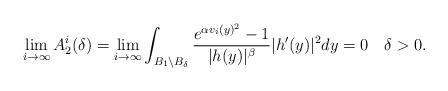
LaTeX: \begin{align*} \lim_{i\to\infty}A_2^i(\delta)= \lim_{i\to\infty}\int_{B_1\backslash B_{\delta}}\frac{e^{\alpha v_i(y)^2}-1}{|h(y)|^{\beta}}|h'(y)|^2dy=0\quad\delta>0.\end{align*}